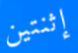
إثنتين